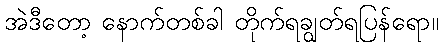
အဲဒီတော့ နောက်တစ်ခါ တိုက်ရချွတ်ရပြန်ရော။